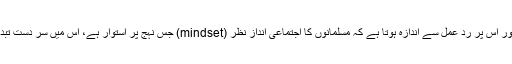
خان صاحب کی تقریر اور اس پر ردِ عمل سے اندازہ ہوتا ہے کہ مسلمانوں کا اجتماعی اندازِ نظر (mindset) جس نہج پر استوار ہے، اس میں سرِ دست تبدیلی کا کوئی امکان نہیں۔